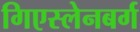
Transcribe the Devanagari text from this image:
गिएस्लेनबर्ग